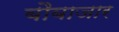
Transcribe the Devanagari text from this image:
बौबाजार